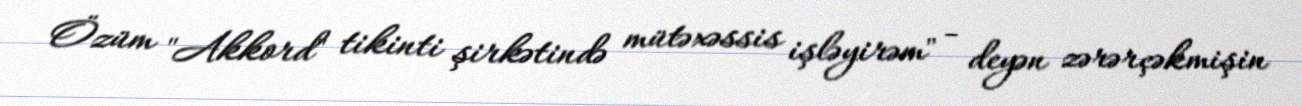
Özüm "Akkord" tikinti şirkətində mütəxəssis işləyirəm" - deyən zərərçəkmişin